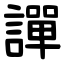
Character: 譂